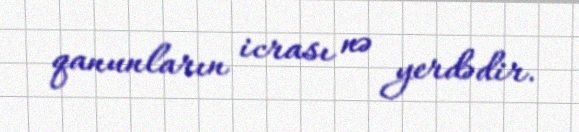
qanunların icrası nə yerdədir.